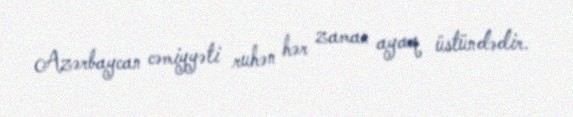
Azərbaycan cəmiyyəti ruhən hər zaman ayaq üstündədir.